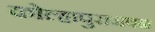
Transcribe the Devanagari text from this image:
कोल्हापुराजवळ